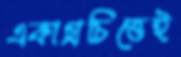
একাগ্রচিত্তেই